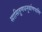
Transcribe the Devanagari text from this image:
सासितूणधनुर्बाणपाणिं